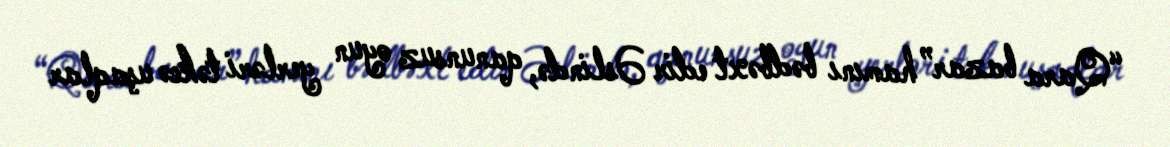
“Qara bazar” hamını bədbəxt edir Əslində, qanunsuz oyun yerləri təkcə uşaqlar